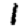
Digit: 1